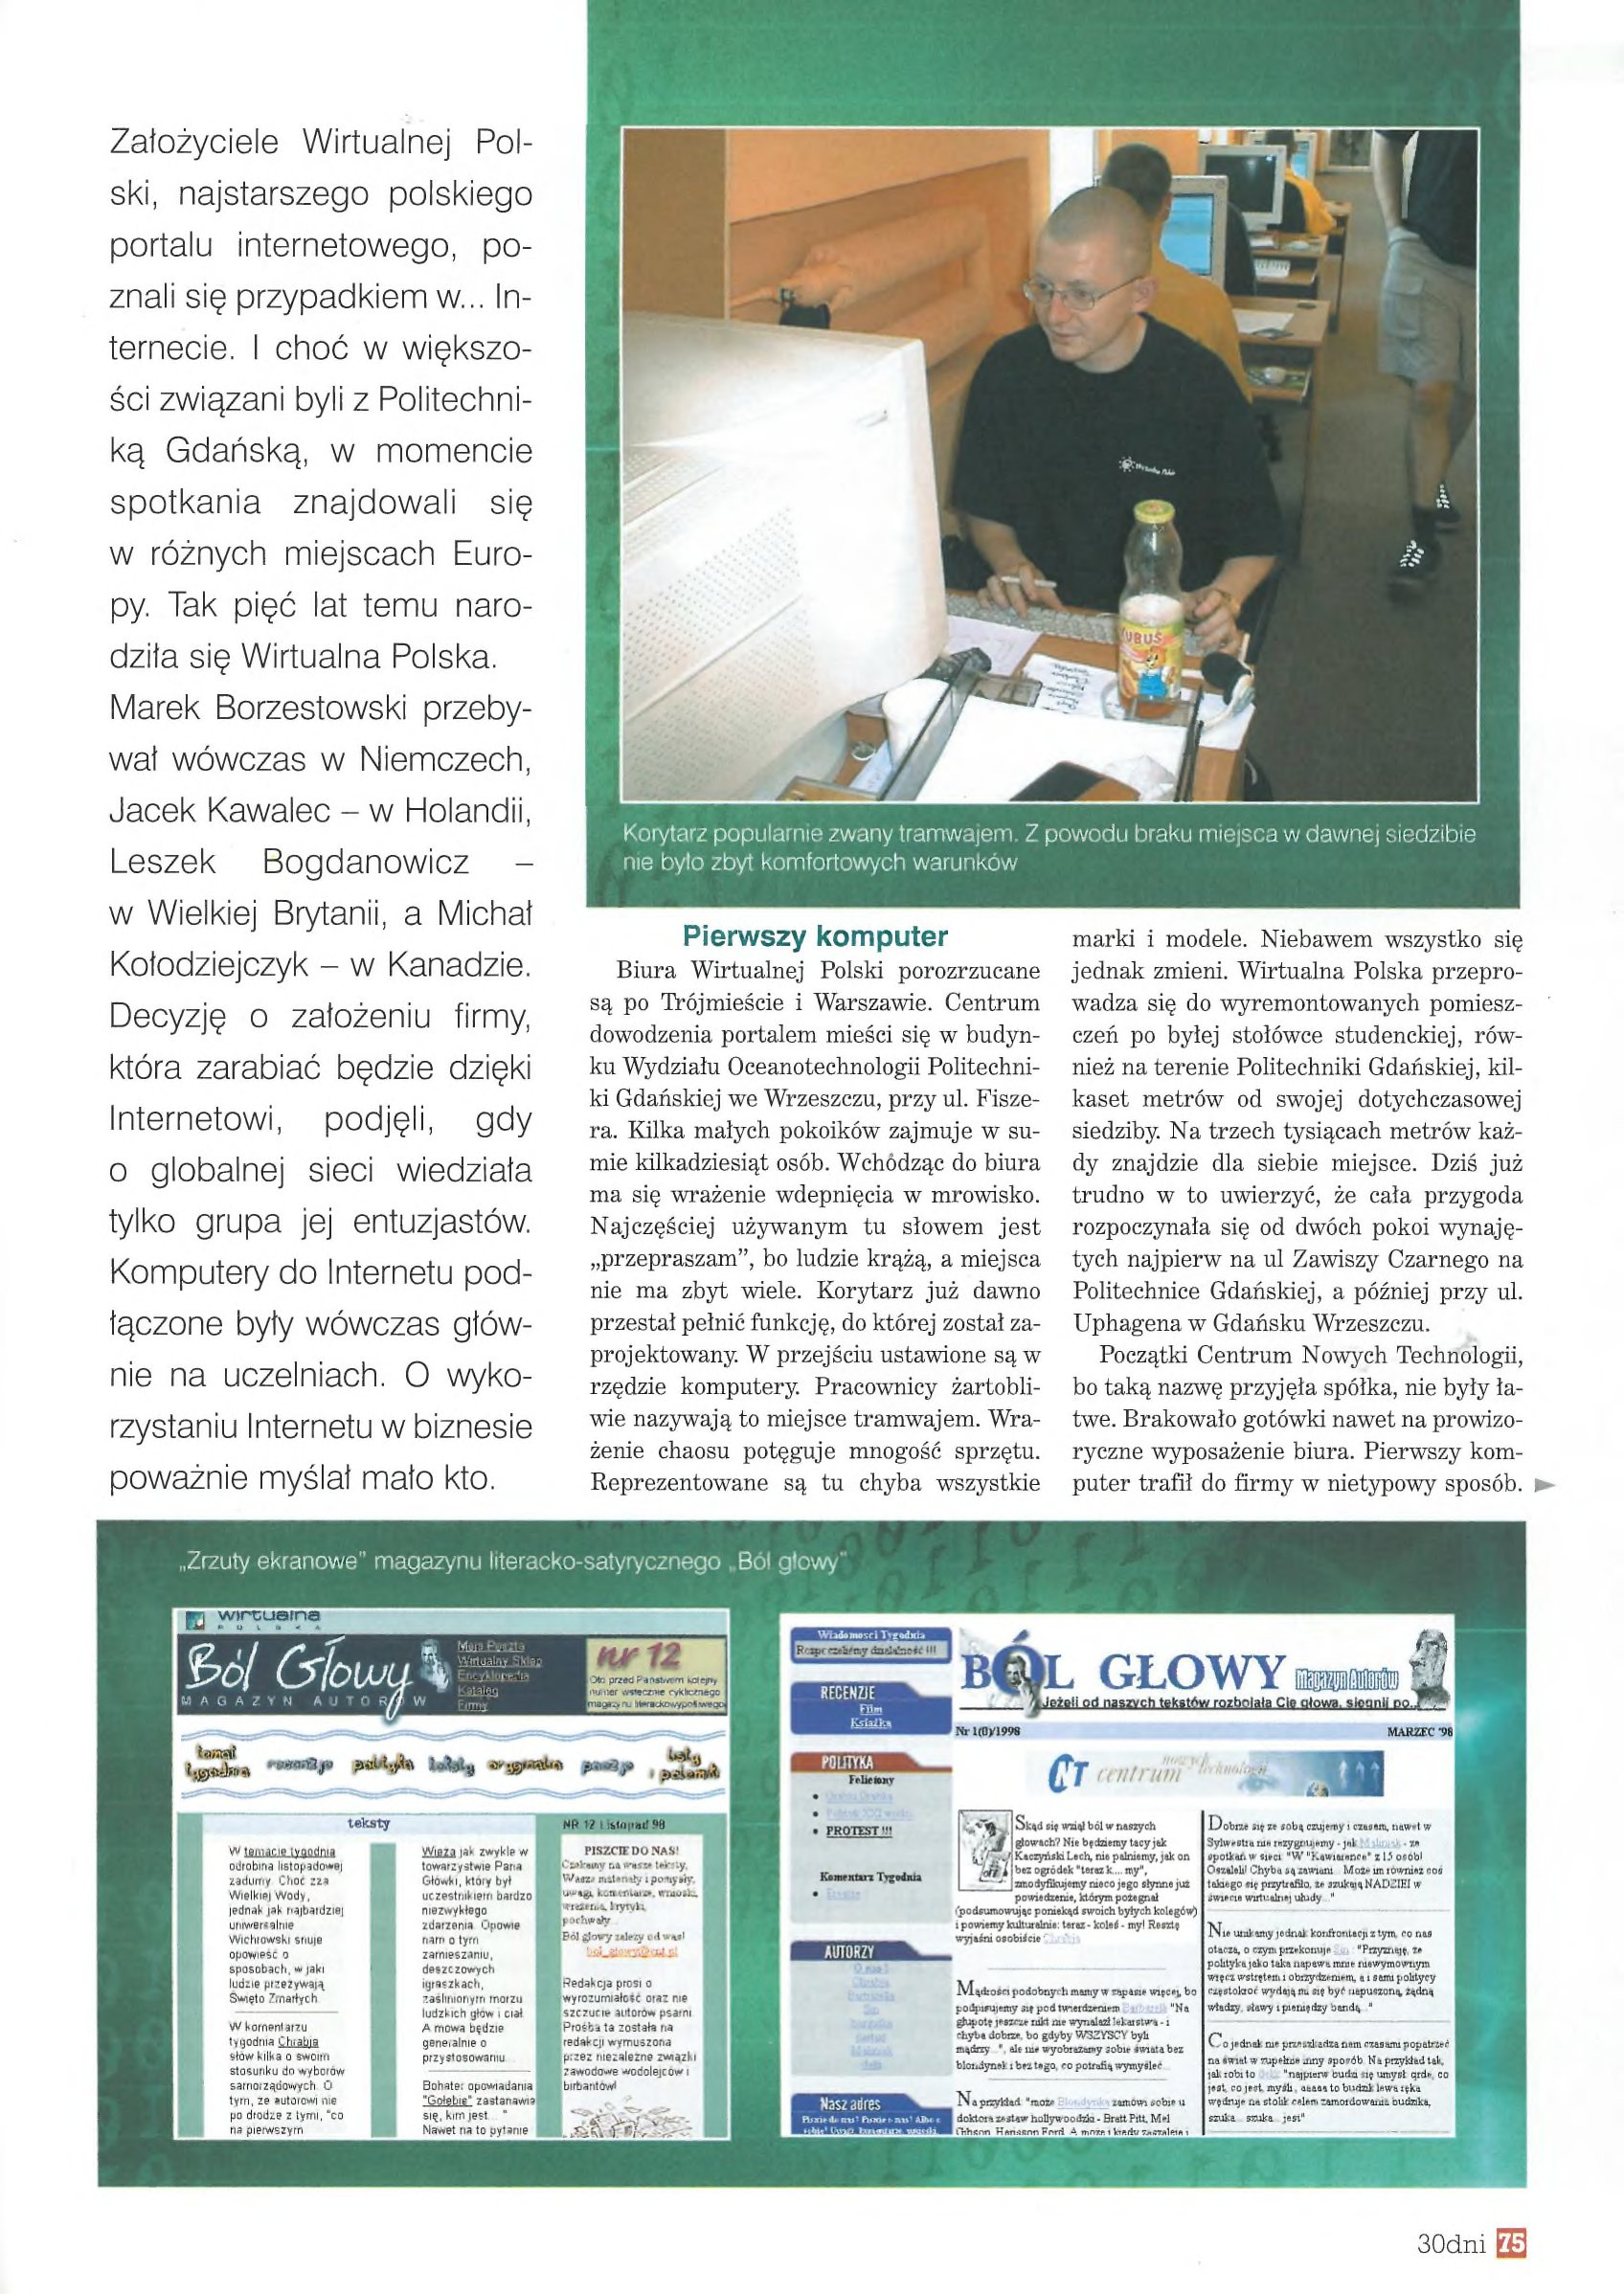
Language: pl